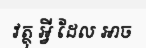
វត្ថុ អ្វី ដែល ឤច